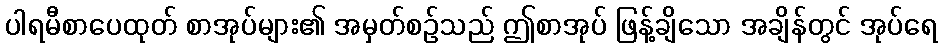
ပါရမီစာပေထုတ် စာအုပ်များ၏ အမှတ်စဉ်သည် ဤစာအုပ် ဖြန့်ချိသော အချိန်တွင် အုပ်ရေ